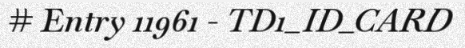
# Entry 11961 - TD1_ID_CARD